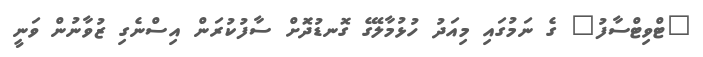
"ޓްވިޓްސާފު" ގެ ނަމުގައި މިއަދު ހުޅުމާލޭގެ ގޮނޑުދޮަށް ސާފުކުރަން އިސްނެގި ޒުވާނުން ވަނީ